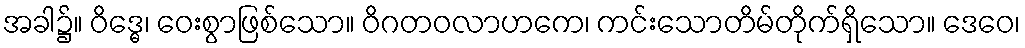
အခါ၌။ ဝိဒ္ဓေ၊ ဝေးစွာဖြစ်သော။ ဝိဂတဝလာဟကေ၊ ကင်းသောတိမ်တိုက်ရှိသော။ ဒေဝေ၊